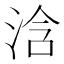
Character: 浛